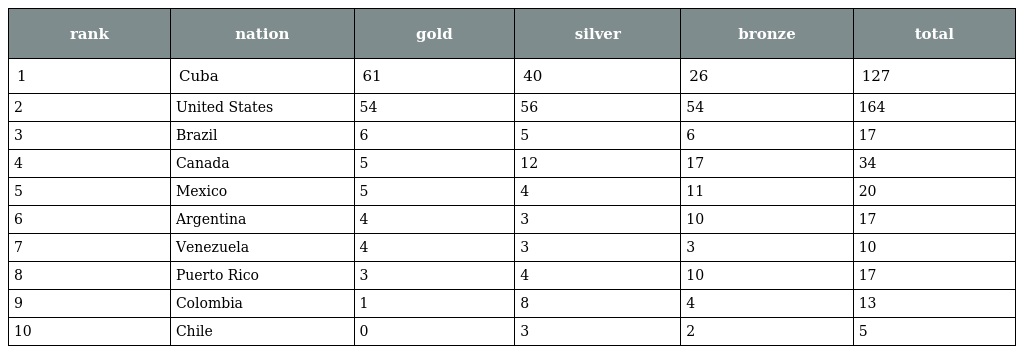
| rank | nation | gold | silver | bronze | total |
 | --- | --- | --- | --- | --- | --- |
 | 1 | Cuba | 61 | 40 | 26 | 127 |
 | 2 | United States | 54 | 56 | 54 | 164 |
 | 3 | Brazil | 6 | 5 | 6 | 17 |
 | 4 | Canada | 5 | 12 | 17 | 34 |
 | 5 | Mexico | 5 | 4 | 11 | 20 |
 | 6 | Argentina | 4 | 3 | 10 | 17 |
 | 7 | Venezuela | 4 | 3 | 3 | 10 |
 | 8 | Puerto Rico | 3 | 4 | 10 | 17 |
 | 9 | Colombia | 1 | 8 | 4 | 13 |
 | 10 | Chile | 0 | 3 | 2 | 5 |